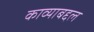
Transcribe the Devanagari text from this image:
काव्याबद्दल